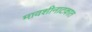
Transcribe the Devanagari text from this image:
मावशीनाटकात